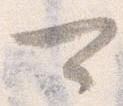
可